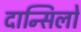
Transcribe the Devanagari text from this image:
दान्सिलो